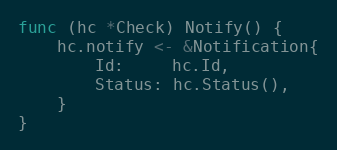
Language: Go
func (hc *Check) Notify() {
	hc.notify <- &Notification{
		Id:     hc.Id,
		Status: hc.Status(),
	}
}